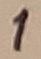
Text: 1